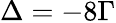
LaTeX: \Delta=-8\Gamma